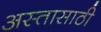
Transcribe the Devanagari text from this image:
अस्तासाठी